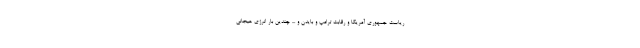
ریاست جمهوری آمریکا و رقابت ترامپ و بایدن و ... چندین بار انرژی هیجانی